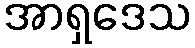
အာရှဒေသ